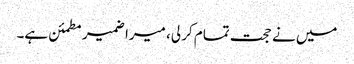
میں نے حجت تمام کر لی، میرا ضمیر مطمئن ہے۔